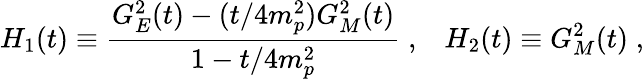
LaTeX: H_{1}(t)\equiv\frac{G_{E}^{2}(t)-(t/4m_{p}^{2})G_{M}^{2}(t)}{1-t/4m_{p}^{2}}\; ,\; \; \; H_{2}(t)\equiv G_{M}^{2}(t)\; ,